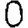
Digit: 0